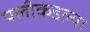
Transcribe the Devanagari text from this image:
पलीकडल्या